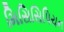
મિસિસિપિયન